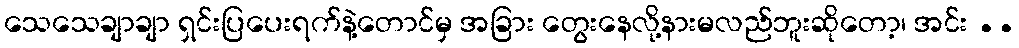
သေသေချာချာ ရှင်းပြပေးရက်နဲ့တောင်မှ အခြား တွေးနေလို့နားမလည်ဘူးဆိုတော့၊ အင်း ..